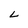
Character: L